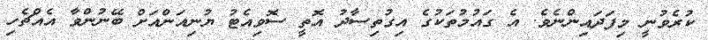
ކުރެވުނީ މިފަދައިންނެވެ. އެ ގައުމުތަކުގެ އިގުތިސާދު އޮތީ ސޮވިއެޓު ޔުނިއަންއަށް ބޭނުންވާ އެއްޗެހި